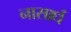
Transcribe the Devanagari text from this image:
नासार्ध